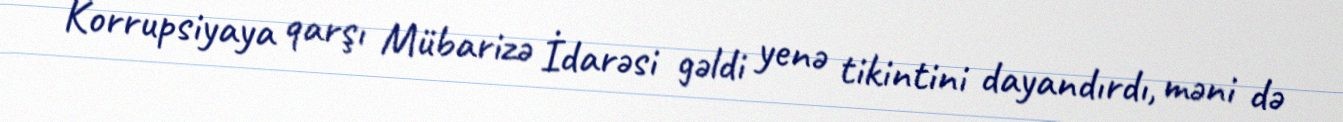
Korrupsiyaya qarşı Mübarizə İdarəsi gəldi yenə tikintini dayandırdı, məni də